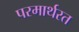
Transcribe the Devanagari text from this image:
परमार्थरत